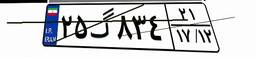
۲۵گ۸۳۴۲۱